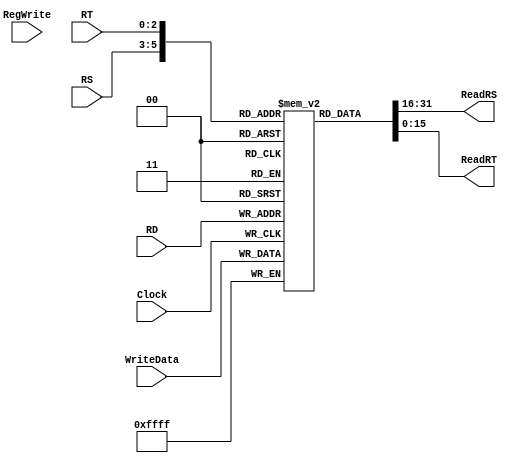
`timescale 1ns / 1ps
//////////////////////////////////////////////////////////////////////////////////
// Company: 
// Engineer: 
// 
// Design Name: 
// Module Name: RegisterFile
// Project Name: 
// Target Devices: 
// Tool Versions: 
// Description: 
// 
// Dependencies: 
// 
// Revision:
// Revision 0.01 - File Created
// Additional Comments:
// 
//////////////////////////////////////////////////////////////////////////////////


module RegisterFile(
    input wire[2:0] RS,
    input wire[2:0] RT,
    input wire[2:0] RD,
    input wire[15:0] WriteData,
    input wire RegWrite,
    input wire Clock,
    output wire[15:0] ReadRS,
    output wire[15:0] ReadRT
    );

    reg[15:0] Registers[7:0];

//Reseto te gjithe regjistrat ne 0
integer i;
initial 
begin
for(i=0;i<15;i=i+1)
   Registers[i] <= 16'd0; 
end

//Shkruaj ne regjister
always @(posedge Clock)
begin
Registers[RD] <= WriteData;
end

//lexo regjistrat ReadData1, ReadData2
assign ReadRS = Registers[RS];
assign ReadRT = Registers[RT];
endmodule